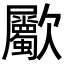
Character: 𣥀